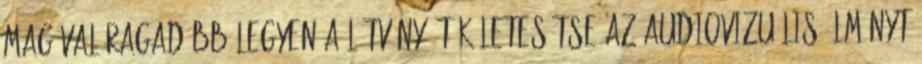
magával ragadóbb legyen a látvány. Tökéletesítse az audiovizuális élményt